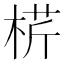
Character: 𣔠